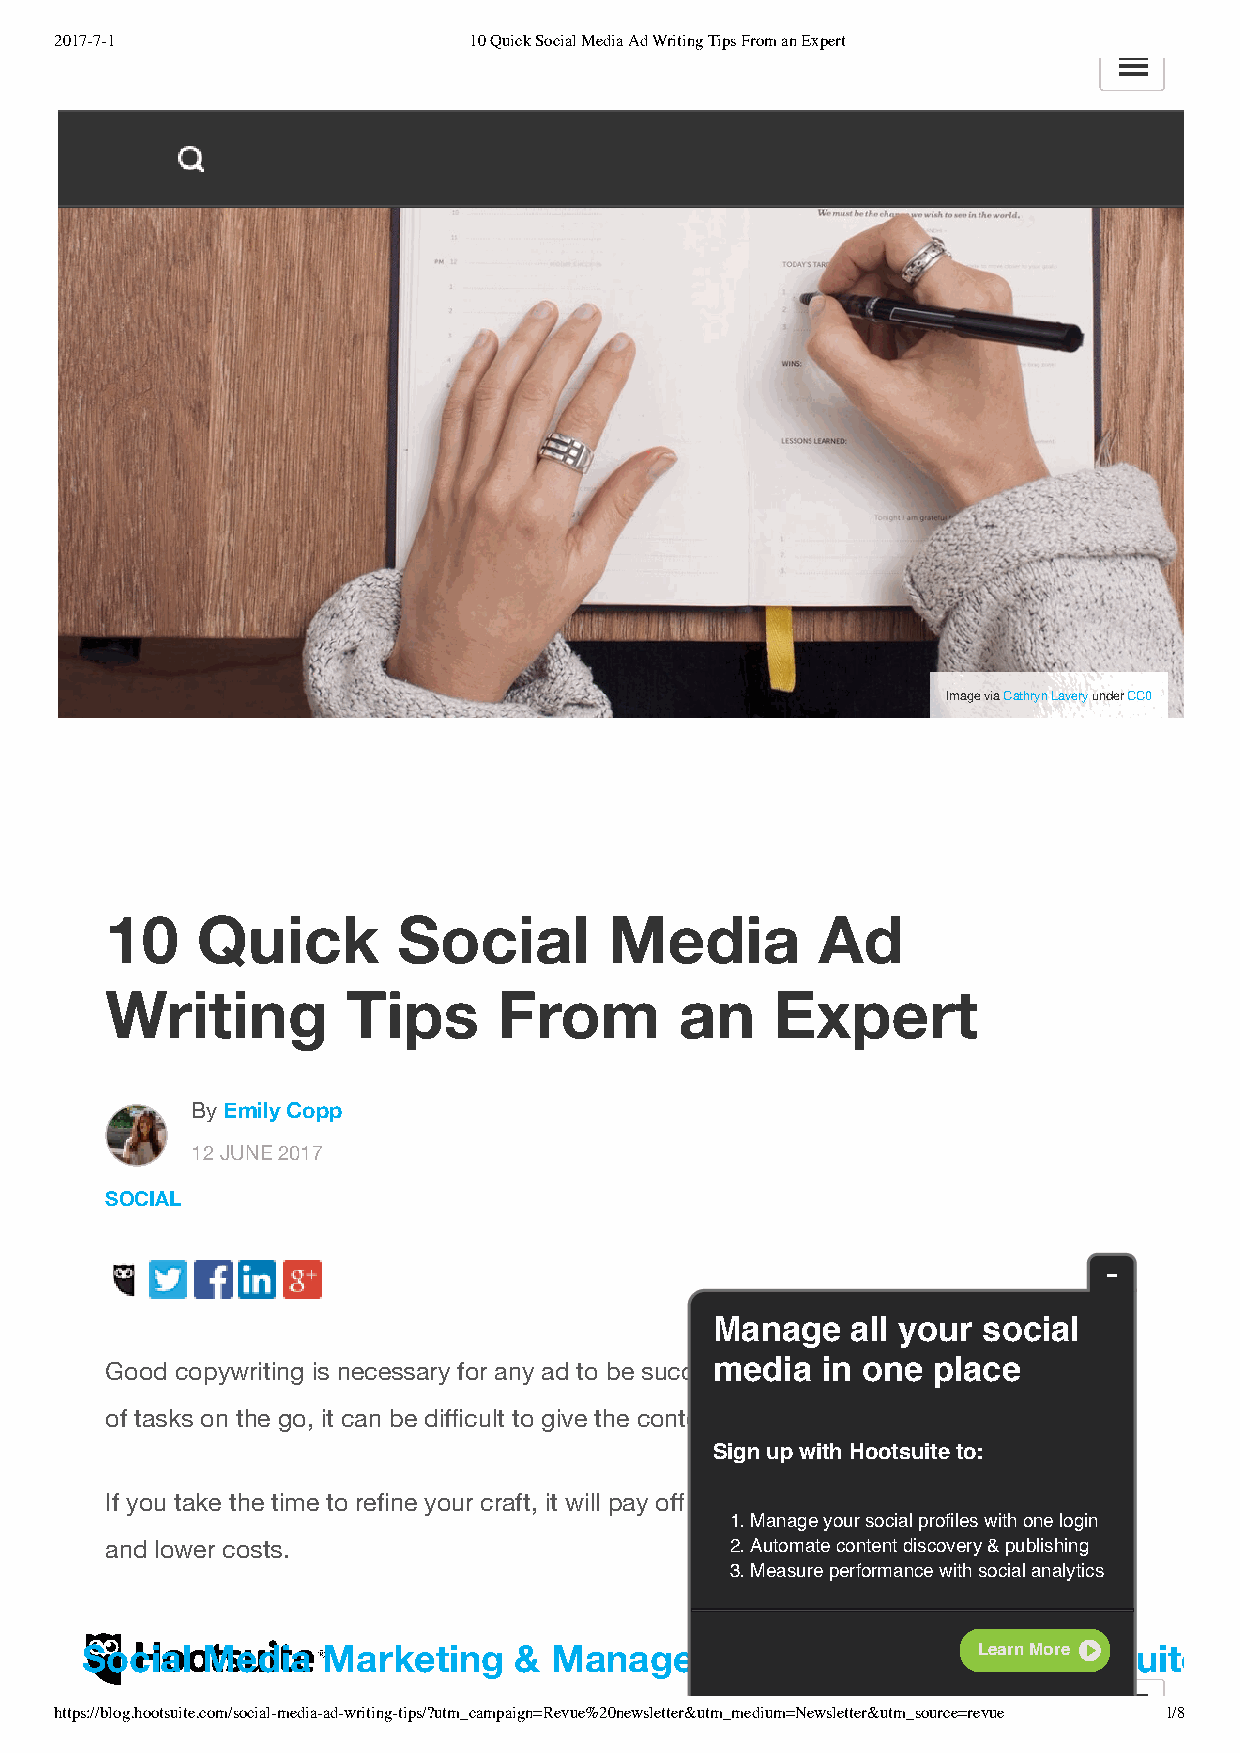
2017-7-1                   10 Quick Social Media Ad Writing Tips From an Expert
 Image via Cathryn Lavery under CC0
 10    Quick        Social        Media         Ad
 Writing         Tips      From        an    Expert
 By Emily Copp
 12 JUNE 2017
 SOCIAL
 Manage   all your social
 Good copywriting is necessary for any ad to be succesmsfuel.d Biuat winh eon nyoeu ’pvel agocte hundreds
 of tasks on the go, it can be difficult to give the content the attention it deserves.
 Sign up with Hootsuite to:
 If you take the time to refine your craft, it will pay off with better engagem ent, more clicks,
 1. Manage your social profiles with one login
 and lower costs.                         2. Automate content discovery & publishing
 3. Measure performance with social analytics
 Social  Media   Marketing    & Management       DashboardLe  a-rn HMoroe otsuite
 https://blog.hootsuite.com/social-media-ad-writing-tips/?utm_campaign=Revue%20newsletter&utm_medium=Newsletter&utm_source=revue 1/8